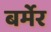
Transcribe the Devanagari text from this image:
बर्मेर